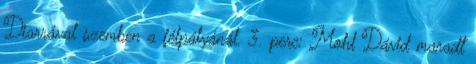
Diarrával szemben a félpályánál. 3. perc: Mohl Dávid maradt